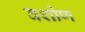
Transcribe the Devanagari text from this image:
वशोण